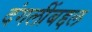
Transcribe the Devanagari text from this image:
दंगलींबद्दल